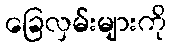
ခြေလှမ်းများကို